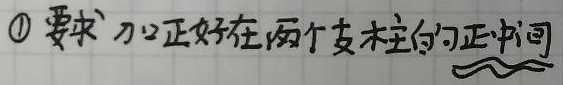
\textcircled{1}要求  力正好在两个支柱的正中间  ～～